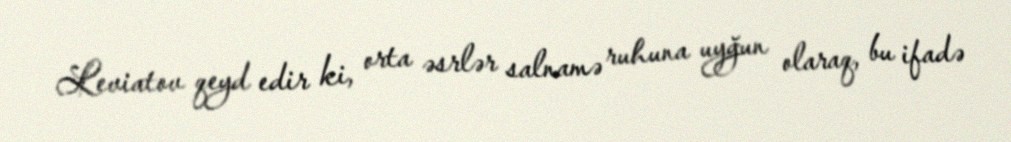
Leviatov qeyd edir ki, orta əsrlər salnamə ruhuna uyğun olaraq, bu ifadə